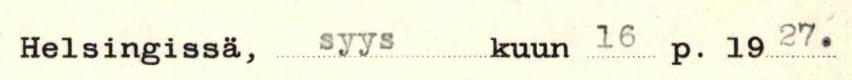
Helsingissä, syys kuun 16 p. 1927.